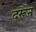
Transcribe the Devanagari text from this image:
दरून